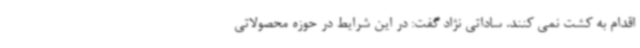
اقدام به کشت نمی کنند. ساداتی نژاد گفت: در این شرایط در حوزه محصولاتی